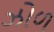
ઝોળ